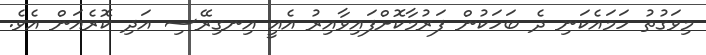
މިވަގުތު ހަމައެކަނި ދެ ބަހަކުން ފަރުމާކޮށްފައިވާއިރު އެއީ އިނގިރޭސި އަދި ކޮރެއަން އެވެ.